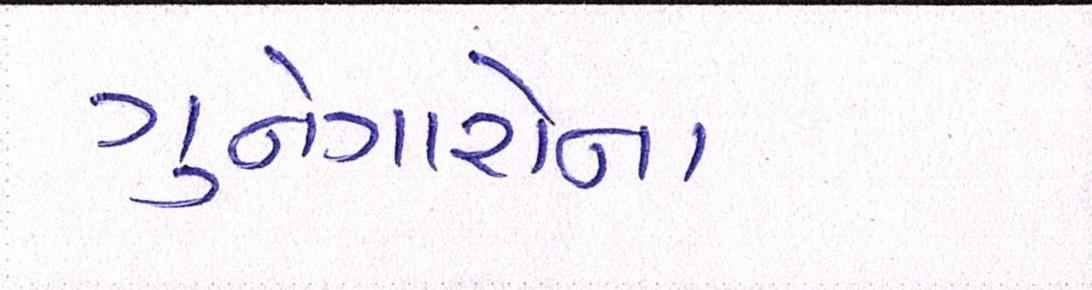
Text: ગુનેગારોના